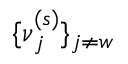
\{ \boldsymbol \nu _ { j } ^ { ( s ) } \} _ { j \neq w }